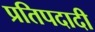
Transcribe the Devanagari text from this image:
प्रतिपदादी